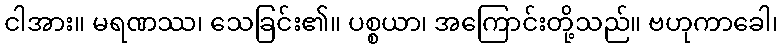
ငါအား။ မရဏဿ၊ သေခြင်း၏။ ပစ္စယာ၊ အကြောင်းတို့သည်။ ဗဟုကာခေါ၊